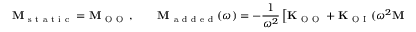
\mathbf { M } _ { \mathrm { ~ s ~ t ~ a ~ t ~ i ~ c ~ } } = \mathbf { M } _ { \mathrm { ~ O ~ O ~ } } \, , \qquad \mathbf { M } _ { \mathrm { ~ a ~ d ~ d ~ e ~ d ~ } } ( \omega ) = - \frac { 1 } { \omega ^ { 2 } } \left[ \mathbf { K } _ { \mathrm { ~ O ~ O ~ } } + \mathbf { K } _ { \mathrm { ~ O ~ I ~ } } ( \omega ^ { 2 } \mathbf { M } _ { \mathrm { ~ I ~ I ~ } } - \mathbf { K } _ { \mathrm { ~ I ~ I ~ } } ) ^ { - 1 } \mathbf { K } _ { \mathrm { ~ I ~ O ~ } } \right] \, .